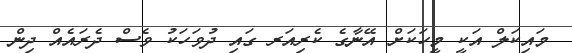
މައިކަލް އަކީ މީހަކަށް އޭނާގެ ކެރިއަރ ގައި ދުވަހަކު ވެސް ދެރައެއް ދިން